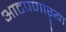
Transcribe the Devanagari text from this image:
आटपणाऱ्या